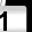
Digit: 1